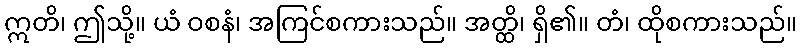
ဣတိ၊ ဤသို့။ ယံ ဝစနံ၊ အကြင်စကားသည်။ အတ္ထိ၊ ရှိ၏။ တံ၊ ထိုစကားသည်။